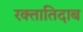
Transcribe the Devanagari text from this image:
रक्तातिदाब